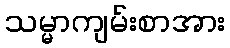
သမ္မာကျမ်းစာအား